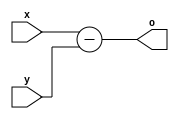
//////////////////////////////////////////////////////////////
// Description: non-pipelined full subtractor helper module
//
// Benjamin Ryle
// Sept 11
// Built with Modelsim INTEL FPGA Starter Edition 10.5b
//////////////////////////////////////////////////////////////

module fullsubtractor
(
input wire [63:0] x,
input wire [63:0] y,
output wire [63:0] o
);
assign o=x-y;
endmodule